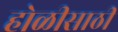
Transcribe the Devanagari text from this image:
होळीसाठी